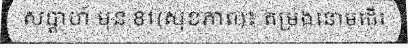
សប្តាហ៍ មុន 81(សុខភាព)៖ តម្រងនោមដើរ